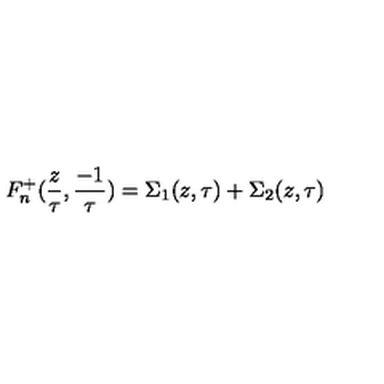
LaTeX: F _ { n } ^ { + } ( { \frac { z } { \tau } } , { \frac { - 1 } { \tau } } ) = \Sigma _ { 1 } ( z , \tau ) + \Sigma _ { 2 } ( z , \tau )